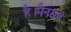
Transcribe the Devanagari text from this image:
है।मैनसन